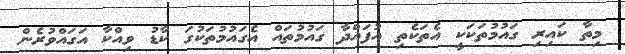
މިތާ ކައިރި ގައުމުތަކަކީ އެތަކެތި އުފައްދާ ގައުމުތައް އެގައުމުތަކުގަ ކާޑު ވިއްކާ އަގައްވުރެން